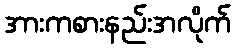
အားကစားနည်းအလိုက်